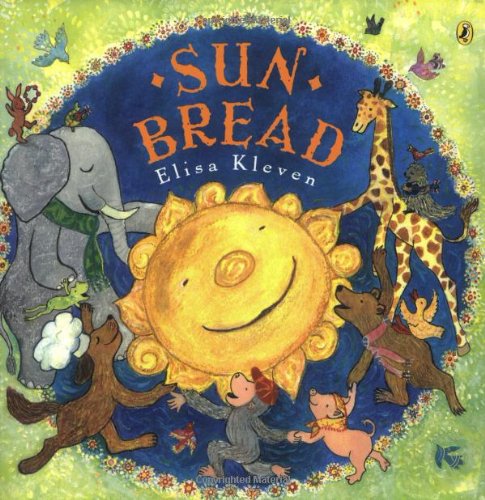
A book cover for Sun Bread; Elisa Kleven; Children's Books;